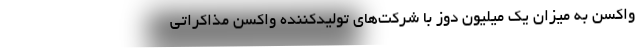
واکسن به میزان یک میلیون دوز با شرکت‌های تولیدکننده واکسن مذاکراتی